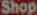
Shop